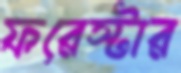
ফরেস্টার